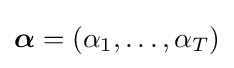
{\boldsymbol {\alpha }}=(\alpha _{1},\dots ,\alpha _{T})